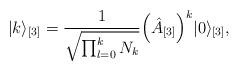
LaTeX: \begin{align*}\vert k \rangle_{[3]} = \frac{1}{\sqrt{\prod^{k}_{l =0} N_k }} \Bigl(\hat{A}_{[3]} \Bigr)^k \vert 0 \rangle_{[3]},\end{align*}